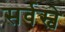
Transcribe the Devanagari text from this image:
सर्वस्वे